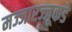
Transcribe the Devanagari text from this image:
मज्जारज्जूकडे